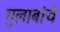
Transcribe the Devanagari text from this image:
गुलाबांचे